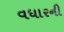
વધારની